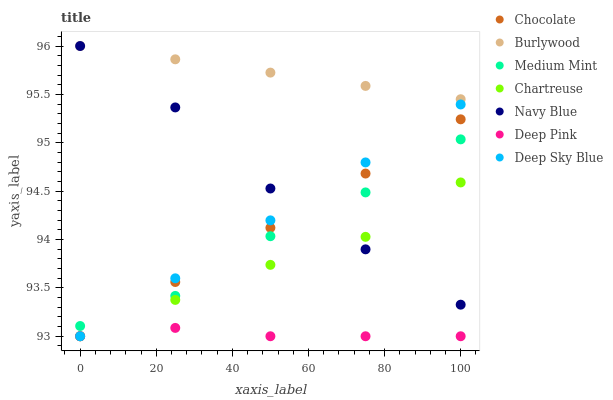
| xaxis_label | Chocolate | Burlywood | Medium Mint | Chartreuse | Navy Blue | Deep Pink | Deep Sky Blue |
 | --- | --- | --- | --- | --- | --- | --- | --- |
 | 0 | 93 | 96 | 93.1 | 93 | 96 | 93 | 93 |
 | 25 | 93.6 | 95.9 | 93.4 | 93.4 | 95.4 | 93.1 | 93.6 |
 | 50 | 94.1 | 95.7 | 94 | 93.7 | 94.5 | 93 | 94.2 |
 | 75 | 94.7 | 95.6 | 94.5 | 94 | 93.9 | 93 | 94.8 |
 | 100 | 95.2 | 95.5 | 95 | 94.6 | 93.3 | 93 | 95.4 |